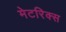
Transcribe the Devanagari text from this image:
मेटरिक्स